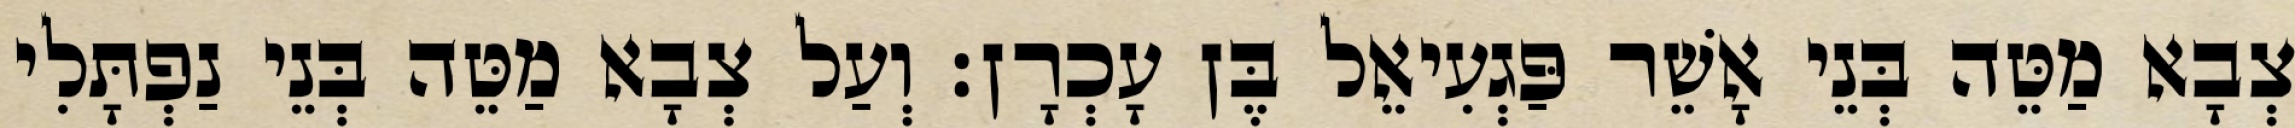
צְבָא מַטֵּה בְּנֵי אָשֵׁר פַּגְעִיאֵל בֶּן עָכְרָן׃ וְעַל צְבָא מַטֵּה בְּנֵי נַפְתָּלִי